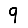
Digit: 9